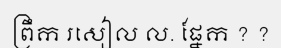
ព្រឹក រសៀល ល. ផ្នែក ? ?